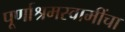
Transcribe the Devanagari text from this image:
पूर्णाश्रमस्वामींचा